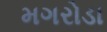
મગરોડા